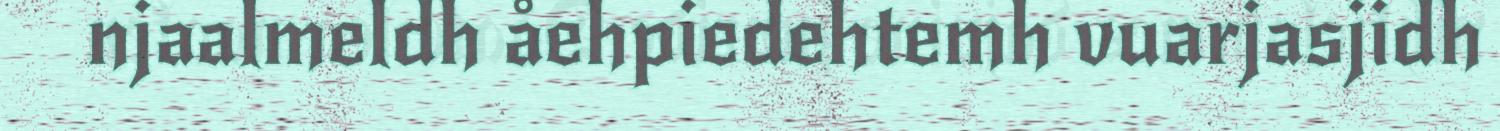
njaalmeldh åehpiedehtemh vuarjasjidh